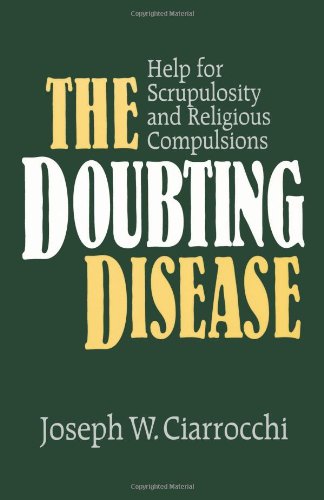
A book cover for The Doubting Disease: Help for Scrupulosity and Religious Compulsions (Integration Books); Joseph W. Ciarrocchi; Health, Fitness & Dieting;